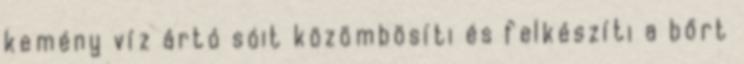
kemény víz ártó sóit közömbösíti és felkészíti a bőrt